Language: tamil
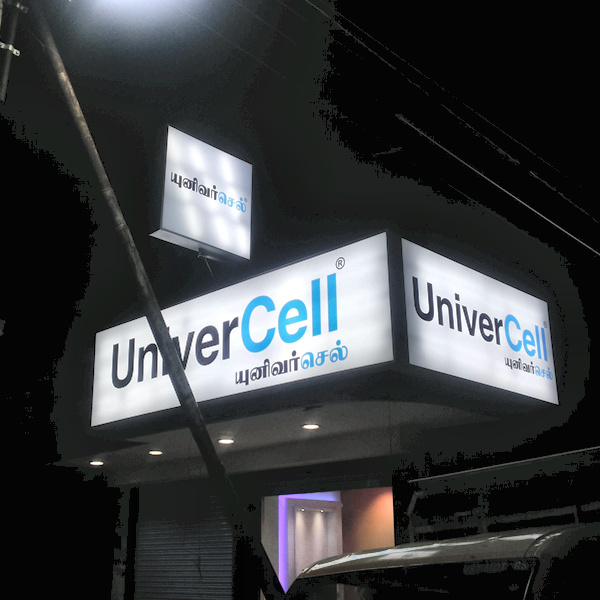
Transcription: யுனிவா்செல் யுனிவா்செல் யுனிவா்செல்